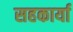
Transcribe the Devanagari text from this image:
सहकार्या